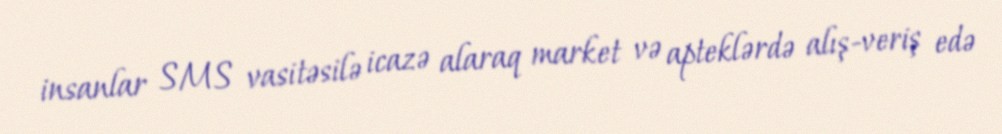
insanlar SMS vasitəsilə icazə alaraq market və apteklərdə alış-veriş edə